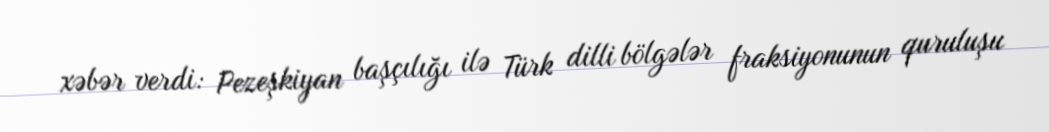
xəbər verdi: Pezeşkiyan başçılığı ilə Türk dilli bölgələr fraksiyonunun quruluşu